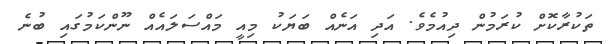
ތަކުރާކޮށް ކުރަމުން ދިއުމެވެ. އަދި އަނެއް ބަޔަކު މިއީ މައްސަލައެއް ނޫންކަމުގައި ބުނެ